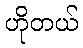
ဟိုတယ်